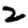
Digit: 2